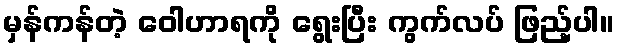
မှန်ကန်တဲ့ ဝေါဟာရကို ရွေးပြီး ကွက်လပ် ဖြည့်ပါ။